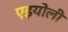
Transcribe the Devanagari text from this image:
एइयोली